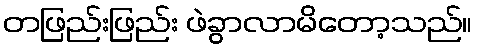
တဖြည်းဖြည်း ဖဲခွာလာမိတော့သည်။